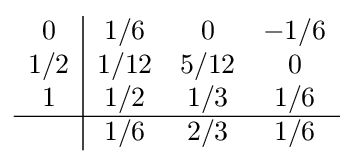
{\begin{array}{c|ccc}0&1/6&0&-1/6\\1/2&1/12&5/12&0\\1&1/2&1/3&1/6\\\hline &1/6&2/3&1/6\\\end{array}}